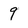
Character: 9